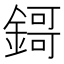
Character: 鎶